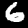
Digit: 6